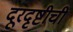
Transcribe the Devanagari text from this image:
दूरदृष्टीची